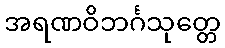
အရဏဝိဘင်္ဂသုတ္တေ